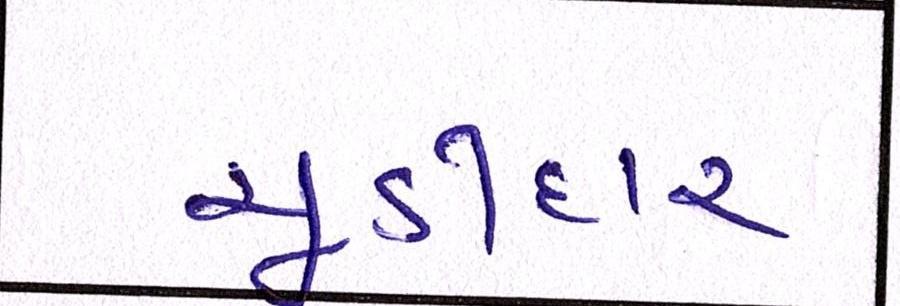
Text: ચૂડીદાર